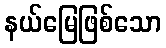
နယ်မြေဖြစ်သော